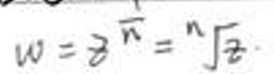
\[ \omega = z^{\frac{1}{n}}=\sqrt[n]{z} \]